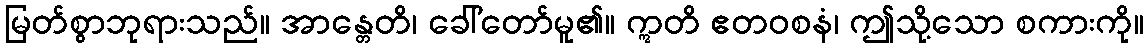
မြတ်စွာဘုရားသည်။ အာန္တေတိ၊ ခေါ်တော်မူ၏။ ဣတိ ဧတဝစနံ၊ ဤသို့သော စကားကို။